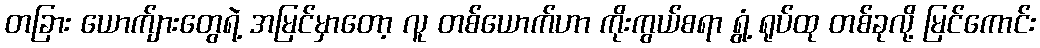
တခြား ယောက်ျားတွေရဲ့ အမြင်မှာတော့ လူ တစ်ယောက်ဟာ ကိုးကွယ်စရာ ရွံ့ ရုပ်ထု တစ်ခုလို့ မြင်ကောင်း